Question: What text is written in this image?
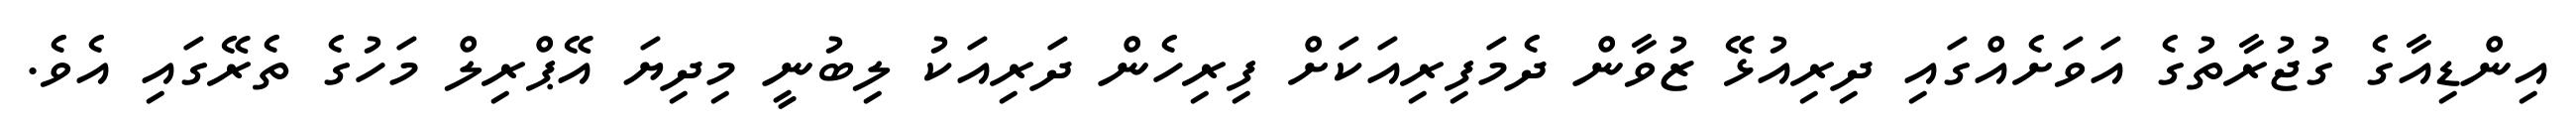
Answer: އިންޑިއާގެ ގުޖުރާތުގެ އަވަށެއްގައި ދިރިއުޅޭ ޒުވާން ދެމަފިރިއަކަށް ފިރިހެން ދަރިއަކު ލިބުނީ މިދިޔަ އޭޕްރިލް މަހުގެ ތެރޭގައި އެވެ.